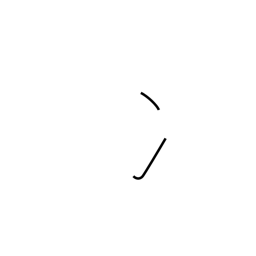
Meaning: two-stroke water radical or ice radical (no. 15)